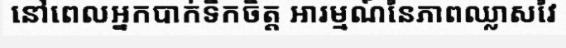
នៅពេលអ្នកបាក់ទឹកចិត្ត អារម្មណ៍នៃភាពឈ្លាសវៃ